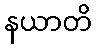
နယာတိ